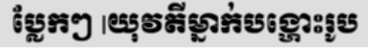
ប្លែកៗ |យុវតីម្នាក់បង្ហោះរូប